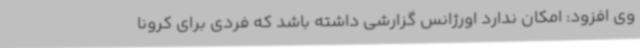
وی افزود: امکان ندارد اورژانس گزارشی داشته باشد که فردی برای کرونا